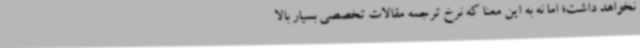
نخواهد داشت؛ اما نه به این معنا که نرخ ترجمه مقالات تخصصی بسیار بالا